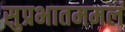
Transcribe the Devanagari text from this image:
सुप्रभातममलं